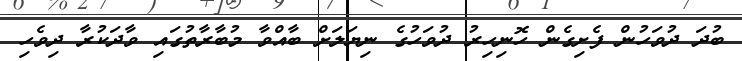
ބުދަ ދުވަހުން ފެށިގެން ހޮނިހިރު ދުވަހުގެ ނިޔަލަށް ބާއްވާ މުބާރާތުގައި ވާދަކުރާ ދިވެހި